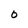
Character: O